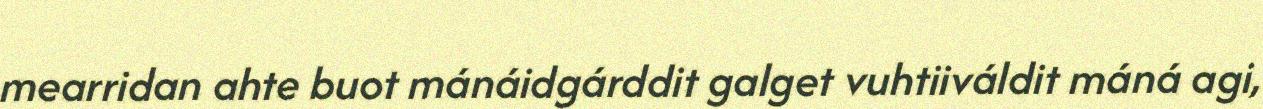
mearridan ahte buot mánáidgárddit galget vuhtiiváldit máná agi,